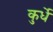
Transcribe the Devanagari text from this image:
कुर्धे